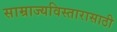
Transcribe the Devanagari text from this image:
साम्राज्यविस्तारासाठी